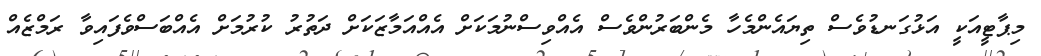
މިޕާޓީއަކީ އަޅުގަނޑުވެސް ތިޔައެންމެހާ މެންބަރުންވެސް އެއްވިސްނުމަކަށް އެއްއަމާޒަކަށް ދަތުރު ކުރުމަށް އެއްބަސްވެފައިވާ ރަމްޒެއް